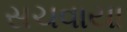
સચવાયા